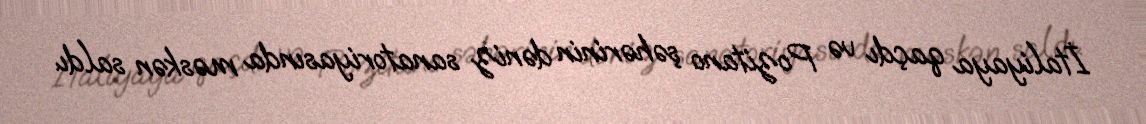
İtaliyaya qaçdı və Pozitano şəhərinin dəniz sanatoriyasında məskən saldı.